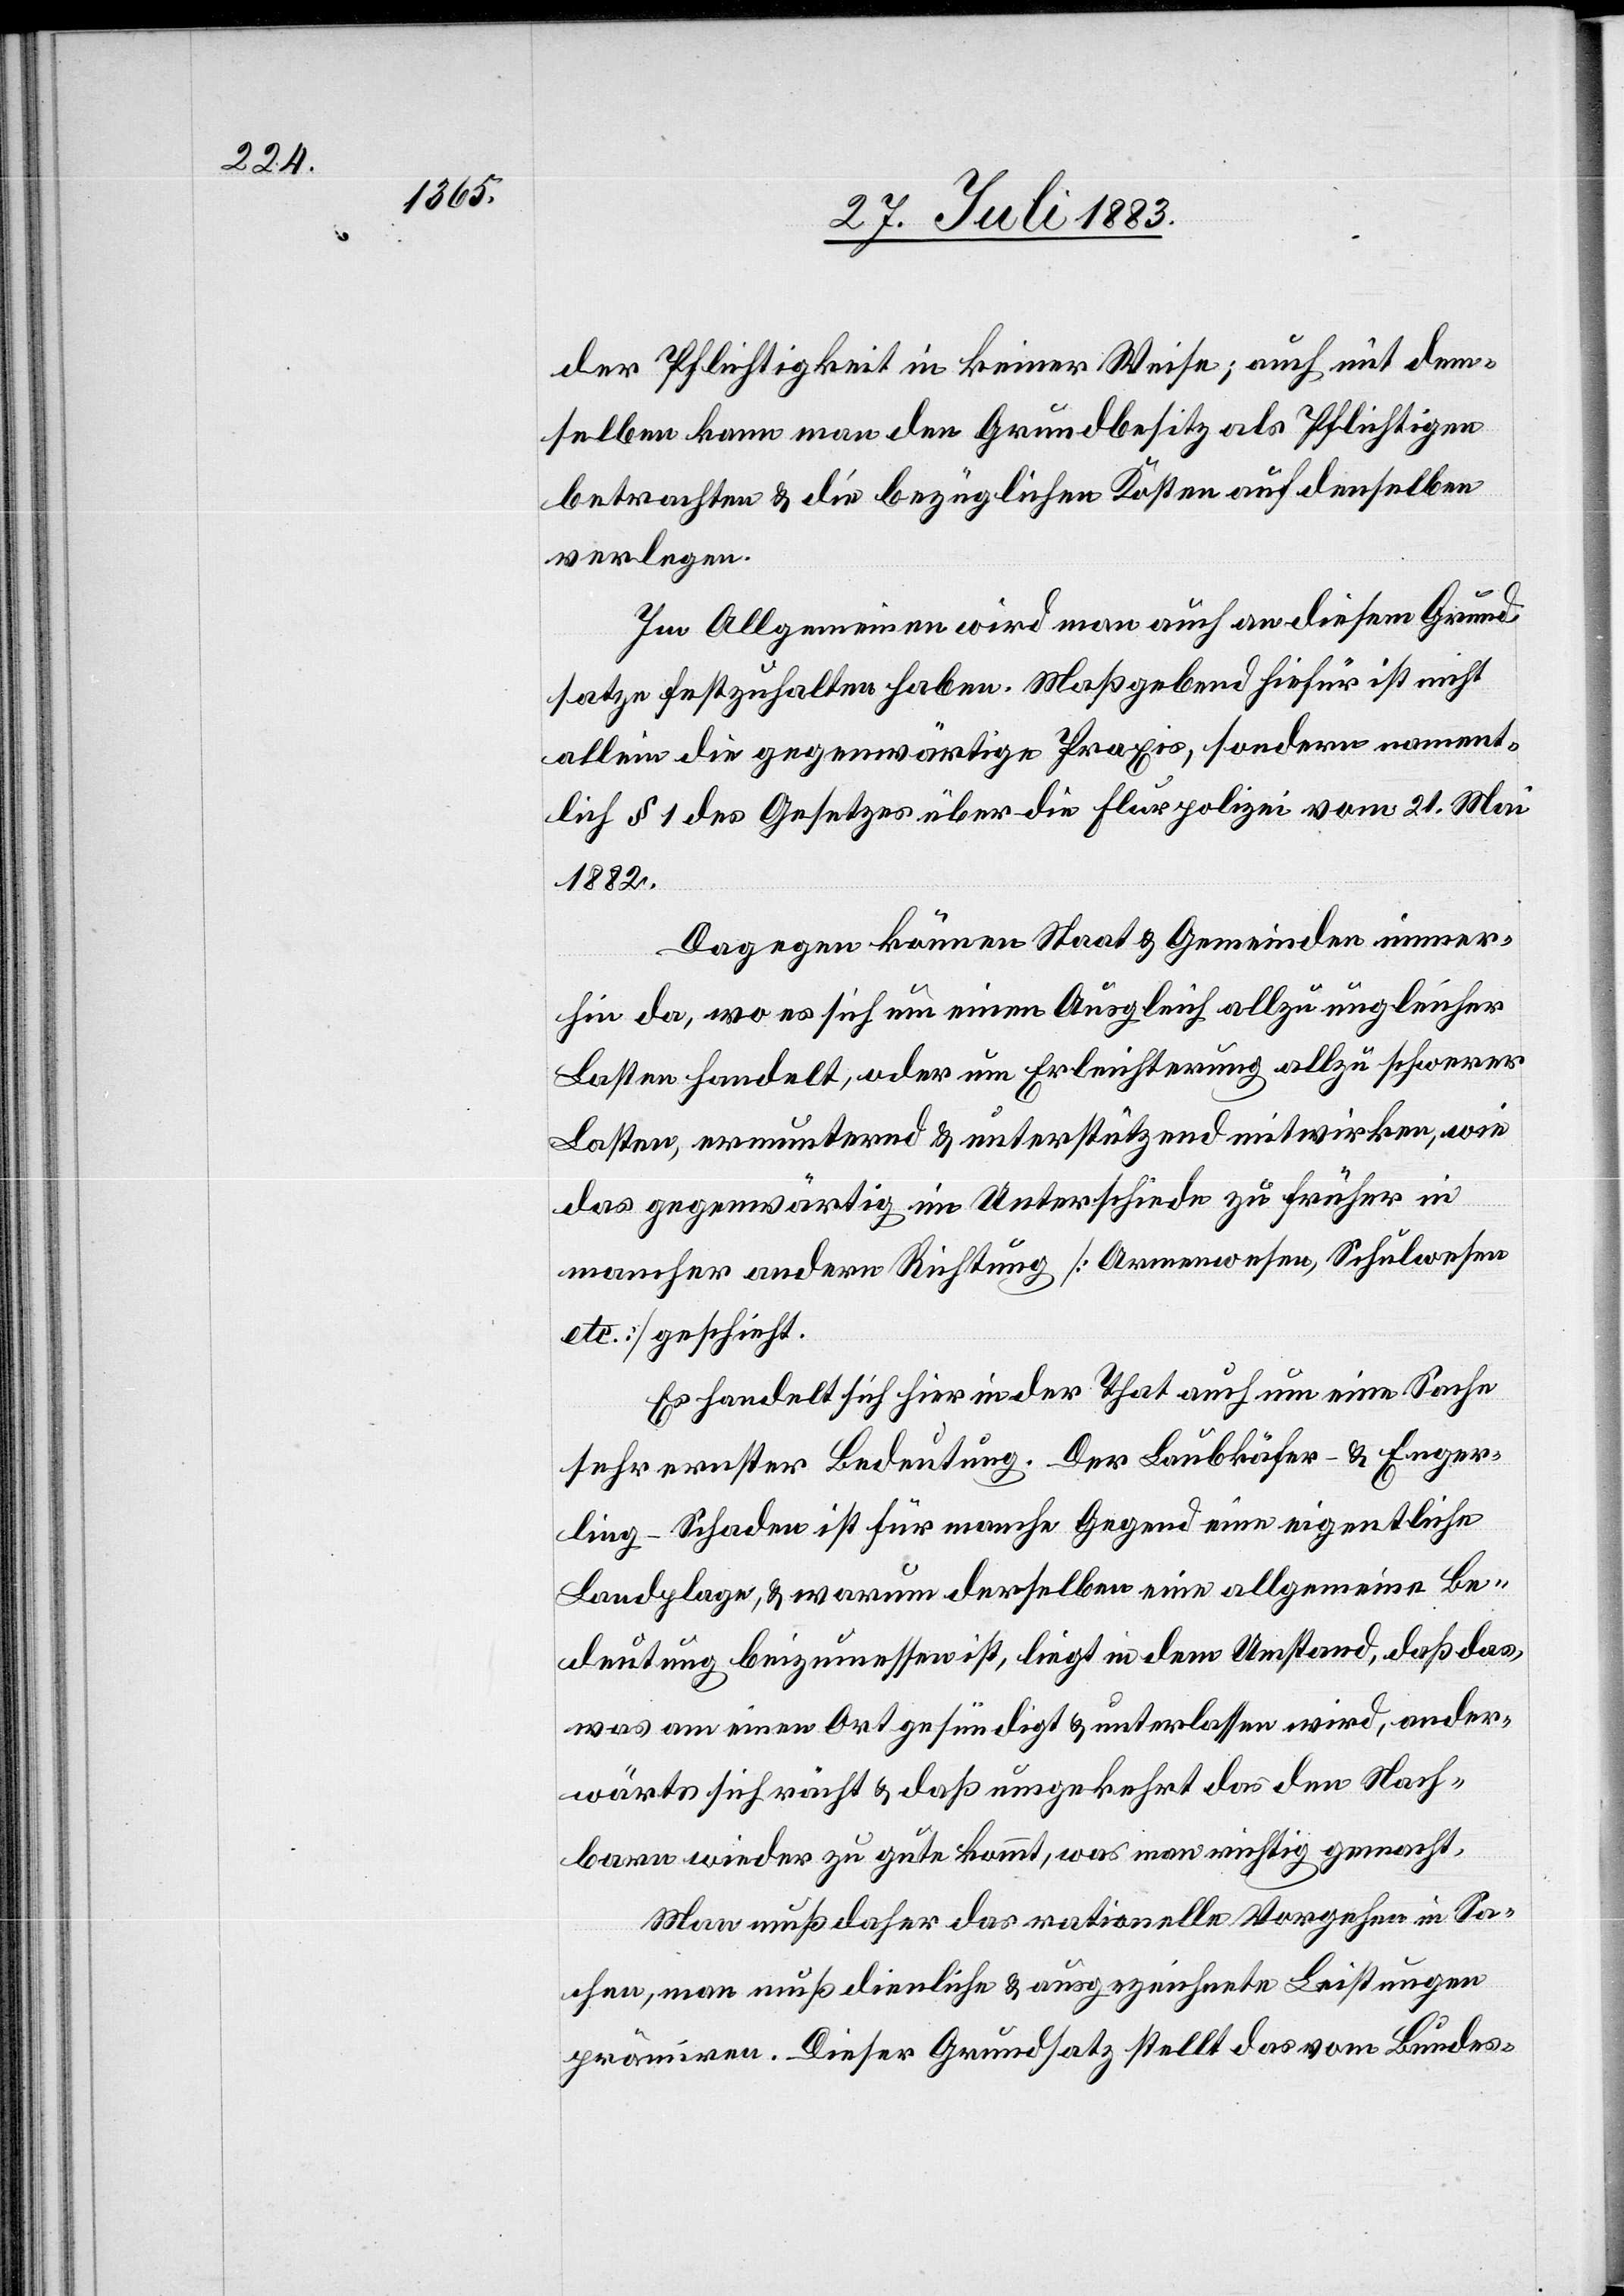
der Pflichtigkeit in keiner Weise; auch mit dem¬
selben kann man den Grundbesitz als Pflichtigen
betrachten & die bezüglichen Kosten auf denselben
verlegen.
Im Allgemeinen wird man auch an diesem Grund¬
satze festzuhalten haben. Maßgebend hiefür ist nicht
allein die gegenwärtige Praxis, sondern nament¬
lich § 1 des Gesetzes über die Flurpolizei vom 21. Mai
1882.
Dagegen können Staat & Gemeinden immer¬
hin da, wo es sich um einen Ausgleich allzu ungleicher
Lasten handelt, oder um Erleichterung allzu schwerer
Lasten, ermunternd & unterstützend mitwirken, wie
das gegenwärtig im Unterschiede zu früher in
mancher andern Richtung [Armenwesen, Schulwesen
etc.] geschieht.
Es handelt sich hier in der That auch um eine Sache
sehr ernster Bedeutung. Der Laukäfer- & Enger¬
ling-Schaden ist für manche Gegend eine eigentliche
Landplage, & warum derselben eine allgemeine Be¬
deutung beizumessen ist, liegt in dem Umstand, daß das,
was am einen Ort gesündigt & unterlassen wird, ander¬
wärts sich rächt & daß umgekehrt das den Nach¬
barn wieder zu gute kommt, was man richtig gemacht.
Man muß daher das rationelle Vorgehen in Sa¬
chen, man muß dienliche & ausgezeichnete Leistungen
[recte: Diesen] Grundsatz stellt das vom Bundes-